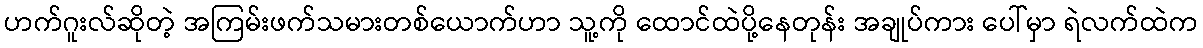
ဟက်ဂူးလ်ဆိုတဲ့ အကြမ်းဖက်သမားတစ်ယောက်ဟာ သူ့ကို ထောင်ထဲပို့နေတုန်း အချုပ်ကား ပေါ်မှာ ရဲလက်ထဲက